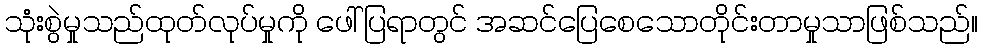
သုံးစွဲမှုသည်ထုတ်လုပ်မှုကို ဖေါ်ပြရာတွင် အဆင်ပြေစေသောတိုင်းတာမှုသာဖြစ်သည်။